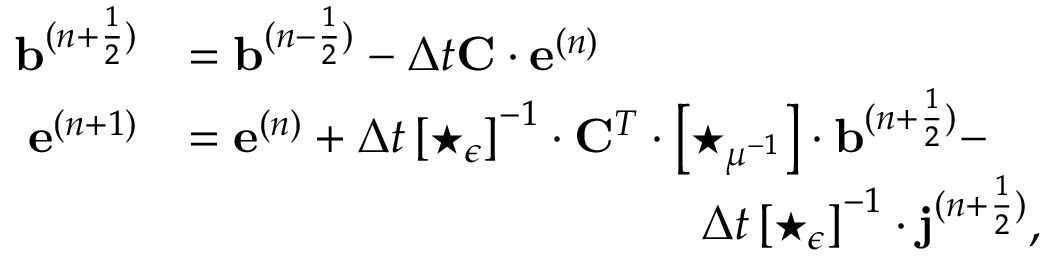
\begin{array} { r l } { \mathbf { b } ^ { ( n + \frac { 1 } { 2 } ) } } & { = \mathbf { b } ^ { ( n - \frac { 1 } { 2 } ) } - \Delta t \mathbf { C } \cdot \mathbf { e } ^ { ( n ) } } \\ { \mathbf { e } ^ { ( n + 1 ) } } & { = \mathbf { e } ^ { ( n ) } + \Delta t \left[ \star _ { \epsilon } \right] ^ { - 1 } \cdot { \mathbf { C } } ^ { T } \cdot \left[ \star _ { \mu ^ { - 1 } } \right] \cdot \mathbf { b } ^ { ( n + \frac { 1 } { 2 } ) } - } \\ & { ~ ~ ~ ~ ~ ~ ~ ~ ~ ~ ~ ~ ~ ~ ~ ~ ~ ~ ~ ~ ~ ~ ~ ~ ~ ~ ~ ~ ~ ~ ~ ~ \Delta t \left[ \star _ { \epsilon } \right] ^ { - 1 } \cdot \mathbf { j } ^ { ( n + \frac { 1 } { 2 } ) } , } \end{array}